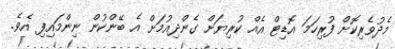
މެދުވެރިކޮށް ފުރިހަމަ އޮޑިޓް އެއް ކުރިޔަށް ގެންދިއުމަށް އެ ބޭންކުން ނިންމައިފި އެވެ.